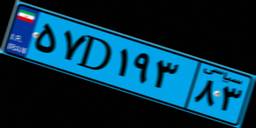
۵۷D۱۹۳۸۳